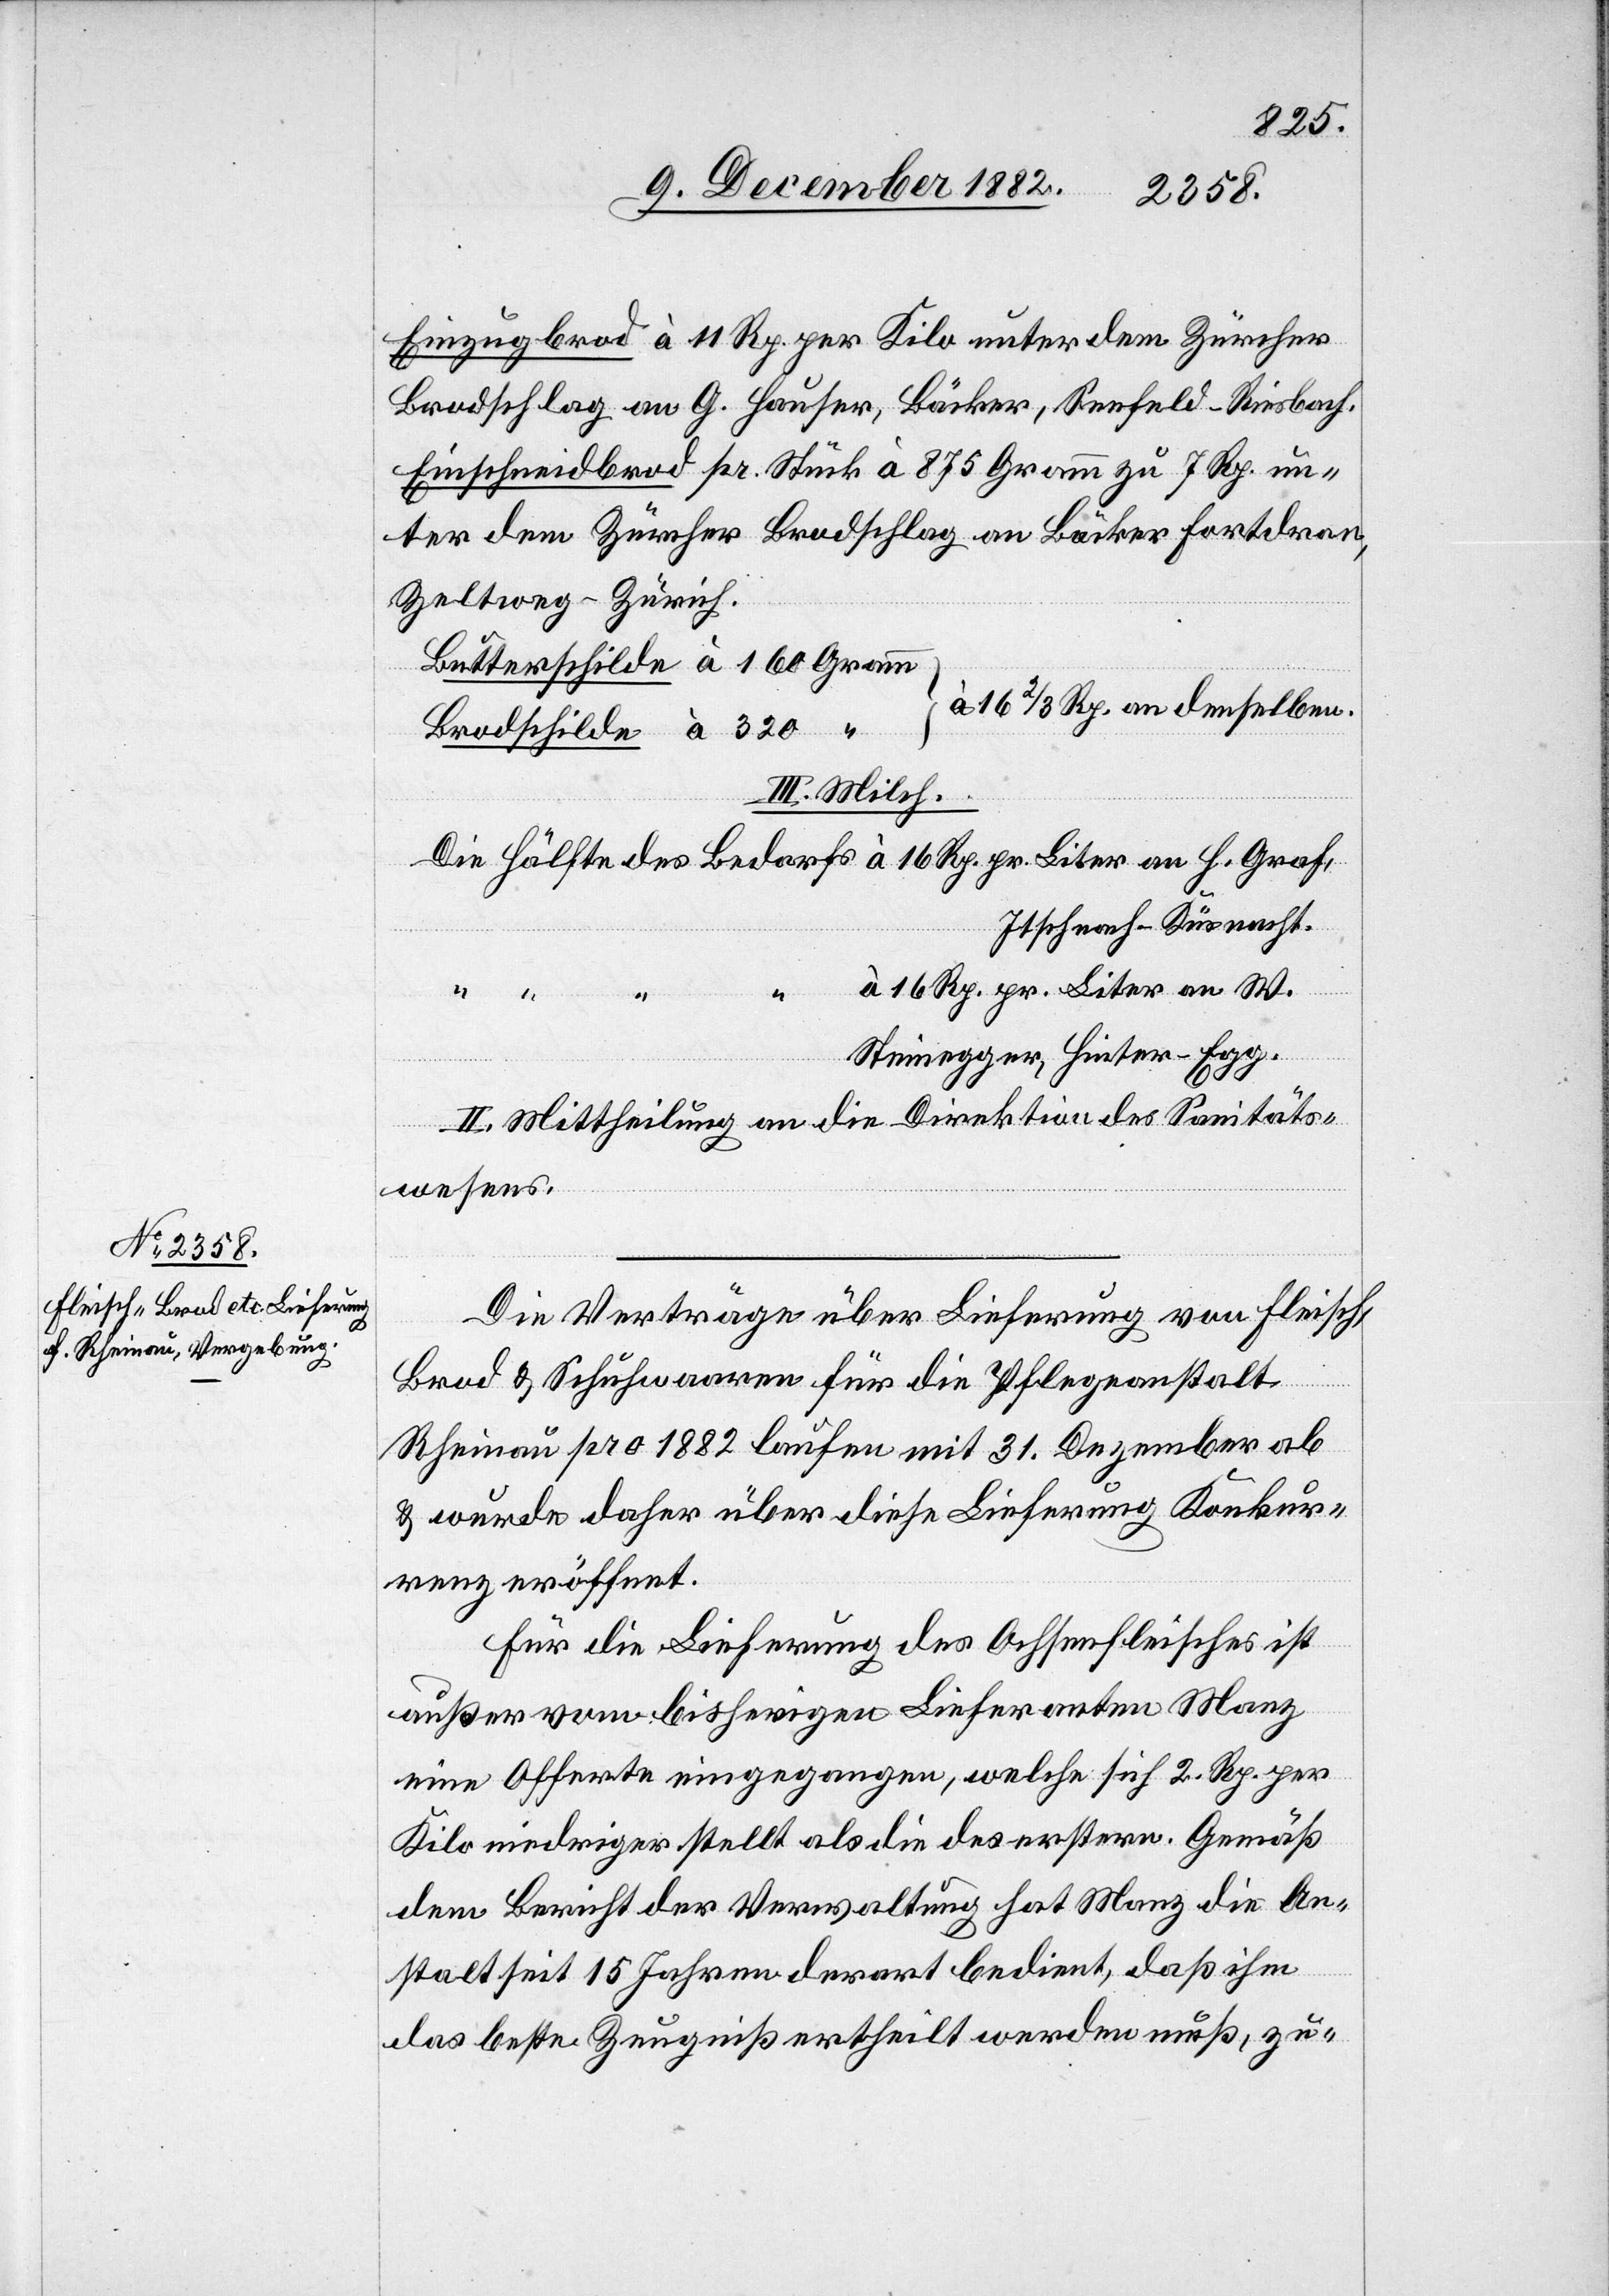
Einzugbrod à 11 Rp. per Kilo unter dem Zürcher
Brodschlag an G. Hauser, Bäcker, Seefeld - Riesbach.
Einschneidbrod pr. Stück à 875 Gramm zu 7 Rp. un¬
ter dem Zürcher Brodschlag an Bäcker Fortdran,
Zeltweg - Zürich.
Butterschilde à 160
à 16 2/3 Rp. an denselben.
Brodschilde à 320
III. Milch.
Itschnach - Küsnacht.
à 16 Rp. pr. Liter an W.
Steinegger, Hinter-Egg.
II. Mittheilung an die Direktion des Sanitäts¬
wesens.
Bedarfs
Die Verträge über Lieferungen von Fleisch,
Brod & Schuhwaaren für die Pflegeanstalt
Rheinau pro 1882 laufen mit 31. Dezember ab
& wurden daher über diese Lieferungen Konkur¬
renz eröffnet.
Für die Lieferungen des Ochsenfleisches ist
außer vom bisherigen Lieferanten Manz
eine Offerte eingegangen, welche sich 2 Rp. per
Kilo niedriger stellt als die des erstern. Gemäß
dem Bericht der Verwaltung hat Manz die An¬
stalt seit 15 Jahren derart bedient, daß ihm
das beste Zeugniß ertheilt werden muß, zu-